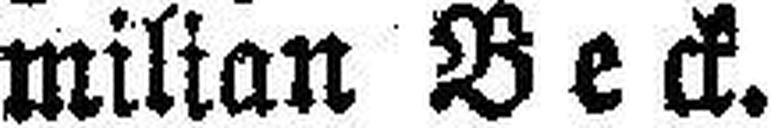
milian Beck.